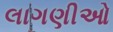
લાગણીઓ